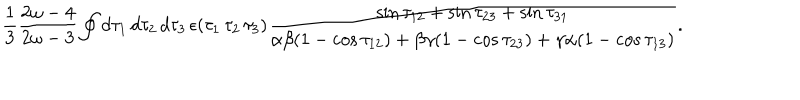
LaTeX: \frac { 1 } { 3 } \frac { 2 \omega - 4 } { 2 \omega - 3 } \oint d \tau _ { 1 } \, d \tau _ { 2 } \, d \tau _ { 3 } \, \epsilon ( \tau _ { 1 } \, \tau _ { 2 } \, \tau _ { 3 } ) \frac { \sin \tau _ { 1 2 } + \sin \tau _ { 2 3 } + \sin \tau _ { 3 1 } } { \alpha \beta ( 1 - \cos \tau _ { 1 2 } ) + \beta \gamma ( 1 - \cos \tau _ { 2 3 } ) + \gamma \alpha ( 1 - \cos \tau _ { 1 3 } ) } .